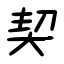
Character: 契